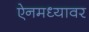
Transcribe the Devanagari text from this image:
ऐनमध्यावर